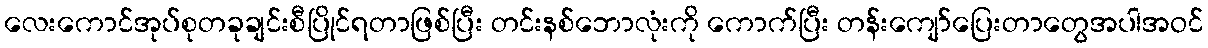
လေးကောင်အုပ်စုတခုချင်းစီပြိုင်ရတာဖြစ်ပြီး တင်းနစ်ဘောလုံးကို ကောက်ပြီး တန်းကျော်ပြေးတာတွေအပါအဝင်